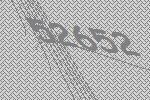
52652